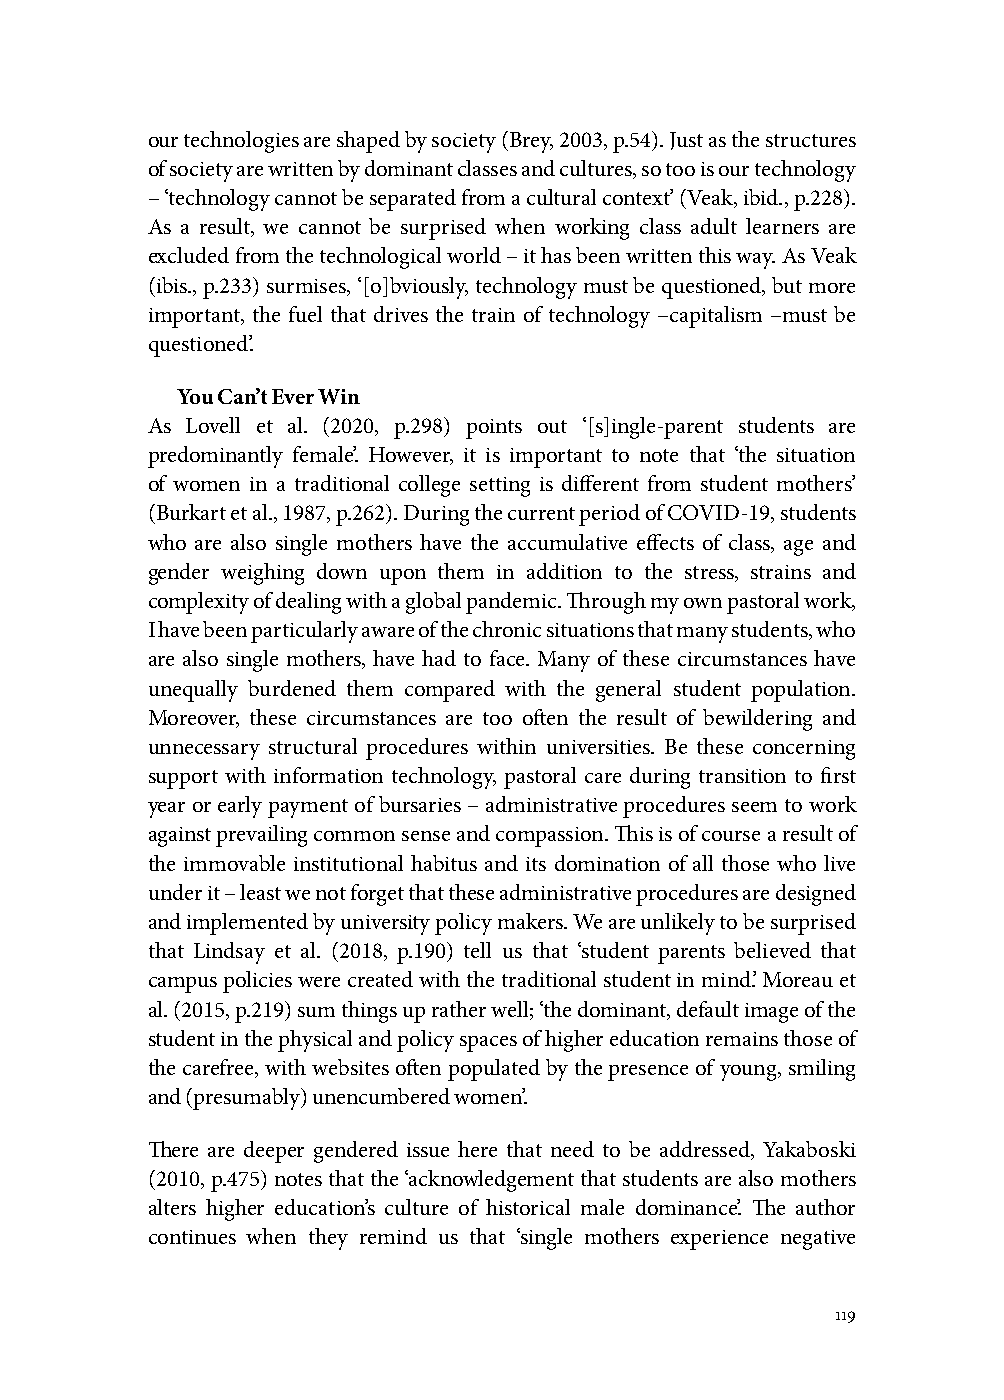
our technologies are shaped by society (Brey, 2003, p.54). Just as the structures
 of society are written by dominant classes and cultures, so too is our technology
 – ‘technology cannot be separated from a cultural context’ (Veak, ibid., p.228).
 As a result, we cannot be surprised when working class adult learners are
 excluded from the technological world – it has been written this way. As Veak
 (ibis., p.233) surmises, ‘[o]bviously, technology must be questioned, but more
 important, the fuel that drives the train of technology –capitalism –must be
 questioned’.
 You Can’t Ever Win
 As Lovell et al. (2020, p.298) points out ‘[s]ingle-parent students are
 predominantly female’. However, it is important to note that ‘the situation
 of women in a traditional college setting is different from student mothers’
 (Burkart et al., 1987, p.262). During the current period of COVID-19, students
 who are also single mothers have the accumulative effects of class, age and
 gender weighing down upon them in addition to the stress, strains and
 complexity of dealing with a global pandemic. Through my own pastoral work,
 I have been particularly aware of the chronic situations that many students, who
 are also single mothers, have had to face. Many of these circumstances have
 unequally burdened them compared with the general student population.
 Moreover, these circumstances are too often the result of bewildering and
 unnecessary structural procedures within universities. Be these concerning
 support with information technology, pastoral care during transition to first
 year or early payment of bursaries – administrative procedures seem to work
 against prevailing common sense and compassion. This is of course a result of
 the immovable institutional habitus and its domination of all those who live
 under it – least we not forget that these administrative procedures are designed
 and implemented by university policy makers. We are unlikely to be surprised
 that Lindsay et al. (2018, p.190) tell us that ‘student parents believed that
 campus policies were created with the traditional student in mind’. Moreau et
 al. (2015, p.219) sum things up rather well; ‘the dominant, default image of the
 student in the physical and policy spaces of higher education remains those of
 the carefree, with websites often populated by the presence of young, smiling
 and (presumably) unencumbered women’.
 There are deeper gendered issue here that need to be addressed, Yakaboski
 (2010, p.475) notes that the ‘acknowledgement that students are also mothers
 alters higher education’s culture of historical male dominance’. The author
 continues when they remind us that ‘single mothers experience negative
 119